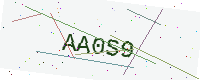
Text: AA0S9